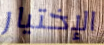
الإختيار